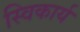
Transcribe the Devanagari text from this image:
स्विकार्य